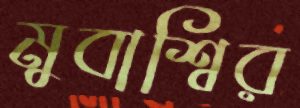
মুবাশ্বির